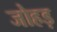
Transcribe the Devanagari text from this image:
जोहड़